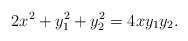
\begin{align*} 2x^2 + y_1^2 + y_2^2 = 4xy_1y_2.\end{align*}